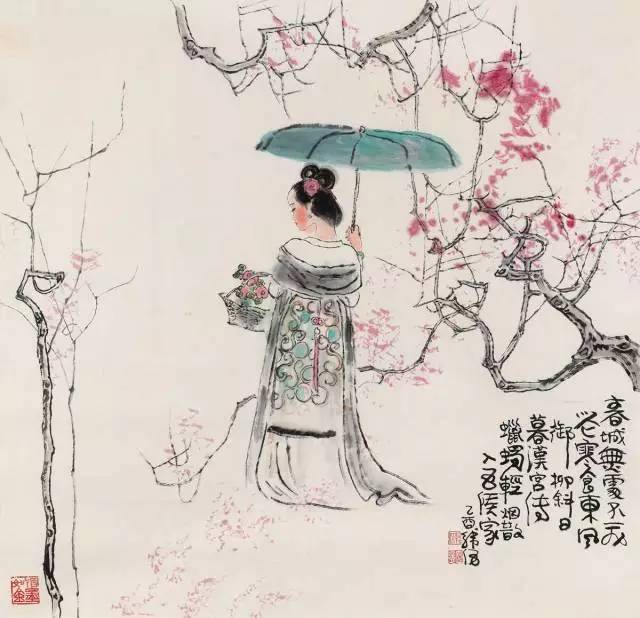
清明上巳西湖好，满目繁华。